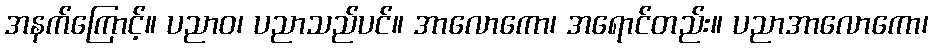
အနက်ကြောင့်။ ပညာဝ၊ ပညာသည်ပင်။ အာလောကော၊ အရောင်တည်း။ ပညာအာလောကော၊